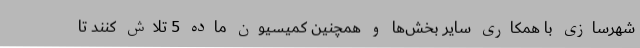
شهرسازی با همکاری سایر بخش‌ها و همچنین کمیسیون ماده 5 تلاش کنند تا